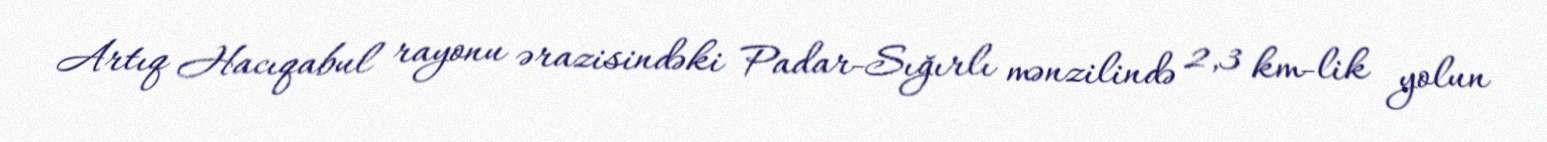
Artıq Hacıqabul rayonu ərazisindəki Padar-Sığırlı mənzilində 2,3 km-lik yolun